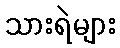
သားရဲများ